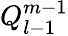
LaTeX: Q_{l-1}^{m-1}